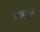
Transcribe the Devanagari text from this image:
महाई